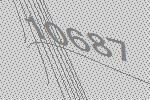
10687